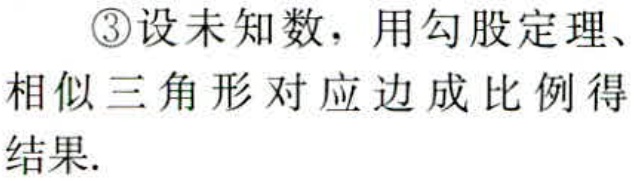
\textcircled{3}设未知数，用勾股定理、相似三角形对应边成比例得结果.